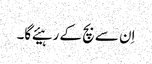
اِن سے بچ کے رہیئے گا۔